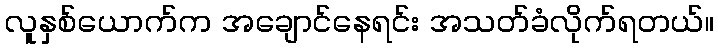
လူနှစ်ယောက်က အချောင်နေရင်း အသတ်ခံလိုက်ရတယ်။